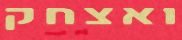
ואצחק